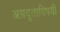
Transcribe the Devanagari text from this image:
अग्रदूताविषयी